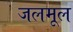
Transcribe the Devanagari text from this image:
जलमूल